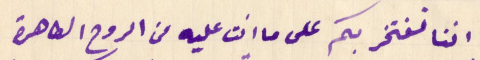
اننا نفتخر بكم على ما انت عليه من الروح الطاهرة